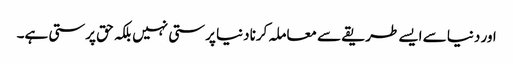
اور دنیا سے ایسے طریقے سے معاملہ کرنا دنیا پرستی نہیں بلکہ حق پرستی ہے۔